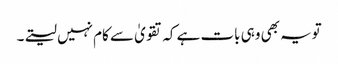
تویہ بھی وہی بات ہے کہ تقویٰ سے کام نہیں لیتے۔